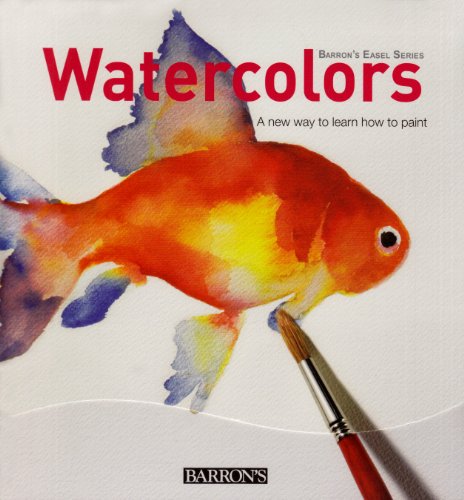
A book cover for Watercolors: A New Way to Learn How to Paint (Barron's Easel Series); Arts & Photography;